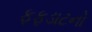
ફફડાટનો